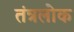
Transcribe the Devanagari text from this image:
तंत्रलोक